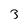
Character: 3